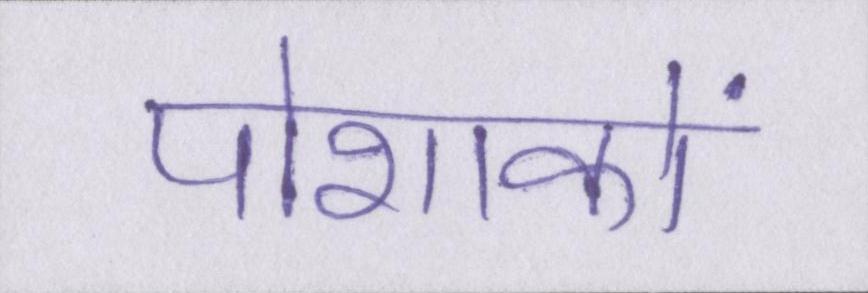
पोशाकों